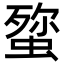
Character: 𮔞